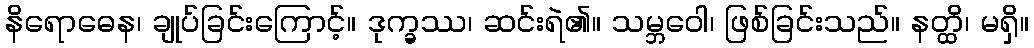
နိရောဓေန၊ ချုပ်ခြင်းကြောင့်။ ဒုက္ခဿ၊ ဆင်းရဲ၏။ သမ္ဘဝေါ၊ ဖြစ်ခြင်းသည်။ နတ္ထိ၊ မရှိ။